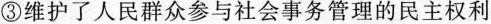
③维护了人民群众参与社会事务管理的民主权利